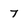
Character: 7